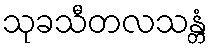
သုခသီတလသန္တံ